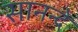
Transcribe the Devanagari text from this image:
सानन्दे